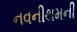
નવનીથમની